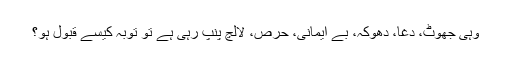
وہی جھوٹ، دغا، دھوکہ، بے ایمانی، حرص، لالچ پنپ رہی ہے تو توبہ کیسے قبول ہو؟